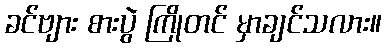
ခင်ဗျား စားပွဲ ကြိုတင် မှာချင်သလား။